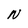
Character: N